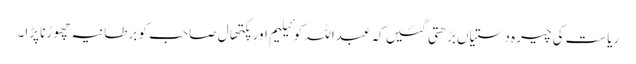
ریاست کی چیرہ دستیاں بڑھتی گئیں کہ عبداللہ کوئیلیم اور پکتھال صاحب کو برطانیہ چھوڑنا پڑا۔